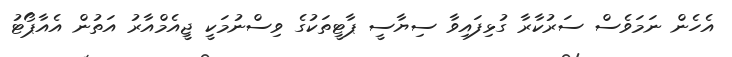
އެހެން ނަމަވެސް ސަރުކާރާ ގުޅިފައިވާ ސިޔާސީ ޕާޓީތަކުގެ ވިސްނުމަކީ ޖީއެމްއާރު އަތުން އެއާޕޯޓު